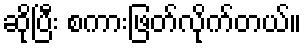
ဆိုပြီး စကားဖြတ်လိုက်တယ်။